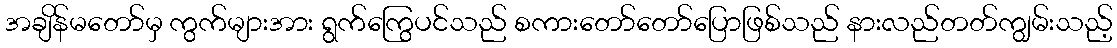
အချိန်မတော်မှ ကွက်များအား ရွက်ကြွေပင်သည် စကားတော်တော်ပြောဖြစ်သည် နားလည်တတ်ကျွမ်းသည့်